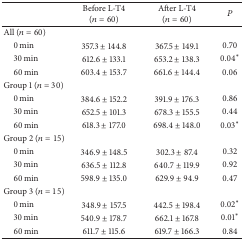
<table><thead><tr><td><b> </b></td><td><b>Before L-T4 (<i>n</i> = 60)</b></td><td><b>After L-T4 (<i>n</i> = 60)</b></td><td><b><i>P</i></b></td></tr></thead><tbody><tr><td>All (<i>n</i> = 60) </td><td> </td><td> </td><td> </td></tr><tr><td> 0 min</td><td>357.3 ± 144.8</td><td>367.5 ± 149.1</td><td>0.70</td></tr><tr><td> 30 min</td><td>612.6 ± 133.1</td><td>653.2 ± 138.3</td><td>0.04∗</td></tr><tr><td> 60 min</td><td>603.4 ± 153.7</td><td>661.6 ± 144.4</td><td>0.06</td></tr><tr><td>Group 1 (<i>n</i> = 30)</td><td> </td><td> </td><td> </td></tr><tr><td> 0 min</td><td>384.6 ± 152.2</td><td>391.9 ± 176.3</td><td>0.86</td></tr><tr><td> 30 min</td><td>652.5 ± 101.3</td><td>678.3 ± 155.5</td><td>0.44</td></tr><tr><td> 60 min</td><td>618.3 ± 177.0</td><td>698.4 ± 148.0</td><td>0.03∗</td></tr><tr><td>Group 2 (<i>n</i> = 15)</td><td> </td><td> </td><td> </td></tr><tr><td> 0 min</td><td>346.9 ± 148.5</td><td>302.3 ± 87.4</td><td>0.32</td></tr><tr><td> 30 min</td><td>636.5 ± 112.8</td><td>640.7 ± 119.9</td><td>0.92</td></tr><tr><td> 60 min</td><td>598.9 ± 135.0</td><td>629.9 ± 94.9</td><td>0.47</td></tr><tr><td>Group 3 (<i>n</i> = 15)</td><td> </td><td> </td><td> </td></tr><tr><td> 0 min</td><td>348.9 ± 157.5</td><td>442.5 ± 198.4</td><td>0.02∗</td></tr><tr><td> 30 min</td><td>540.9 ± 178.7 </td><td>662.1 ± 167.8</td><td>0.01∗</td></tr><tr><td> 60 min</td><td>611.7 ± 115.6</td><td>619.7 ± 166.3</td><td>0.84</td></tr></tbody></table>